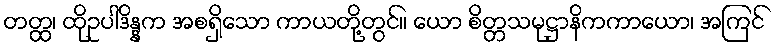
တတ္ထ၊ ထိုဥပါဒိန္နက အစရှိသော ကာယတို့တွင်။ ယော စိတ္တသမုဋ္ဌာနိကကာယော၊ အကြင်